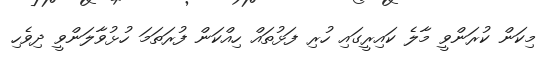
މިކަން ކުރަންވީ މާލެ ކައިރީގައި ހުރި ފަޅުތައް ހިއްކަން ފުރަތަމަ ހުޅުވާލަންވީ ދިވެހި